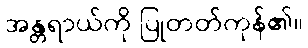
အန္တရာယ်ကို ပြုတတ်ကုန်၏။